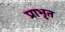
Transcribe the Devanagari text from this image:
प्राभृत